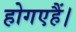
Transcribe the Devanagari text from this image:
होगएहैं।